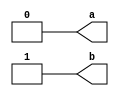
// This program was cloned from: https://github.com/steveicarus/ivtest
// License: GNU General Public License v2.0

module test (a, b);
  output a;
  reg a = 1'b0;
  output reg b = 1'b1;
endmodule

module top;
  wire out1, out2;

  test dut(out1, out2);

  initial begin
    #1;
    if (out1 !== 1'b0 || out2 !== 1'b1) begin
      $display("Failed: expected 0:1, got %b:%b", out1, out2);
    end else $display("PASSED");
  end
endmodule